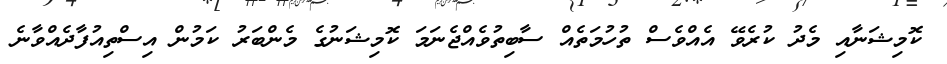
ކޮމިޝަނާއި މެދު ކުރެވޭ އެއްވެސް ތުހުމަތެއް ސާބިތުވެއްޖެނަމަ ކޮމިޝަނުގެ މެންބަރު ކަމުން އިސްތިއުފާދެއްވާނެ